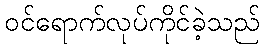
ဝင်ရောက်လုပ်ကိုင်ခဲ့သည်